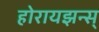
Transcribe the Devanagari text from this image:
होरायझन्स्